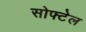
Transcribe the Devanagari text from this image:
सोफ्टेल